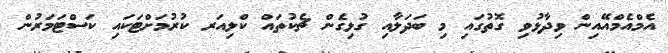
އެމްއެމްއޭއިން ވިދާޅުވި ގޮތުގައި މި ބަދަލާއި ގުޅިގެން ޗެކުތައް ކްލިއަރ ކުރުމަށްޓަކައި ކަސްޓަމަރުން